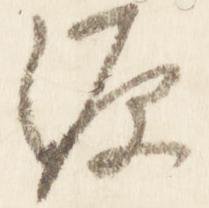
源